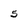
Character: 5